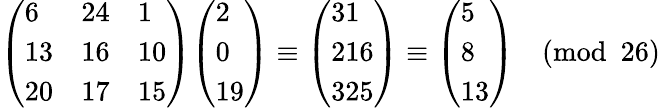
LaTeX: {\left(\begin{array}{lll}{6}&{24}&{1}\\ {13}&{16}&{10}\\ {20}&{17}&{15}\end{array}\right)}{\left(\begin{array}{l}{2}\\ {0}\\ {19}\end{array}\right)}\equiv{\left(\begin{array}{l}{31}\\ {216}\\ {325}\end{array}\right)}\equiv{\left(\begin{array}{l}{5}\\ {8}\\ {13}\end{array}\right)}{\pmod{26}}